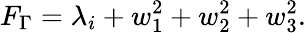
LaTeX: F_{\Gamma}=\lambda_{i}+w_{1}^{2}+w_{2}^{2}+w_{3}^{2}.